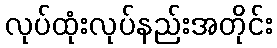
လုပ်ထုံးလုပ်နည်းအတိုင်း